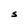
Character: S